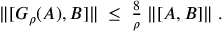
\begin{array} { r } { \| [ G _ { \rho } ( A ) , B ] \| \; \leq \; \frac { 8 } { \rho } \; \| [ A , B ] \| \; . } \end{array}